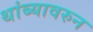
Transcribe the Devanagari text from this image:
थांब्यावरुन